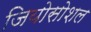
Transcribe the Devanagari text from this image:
जियोसोशल